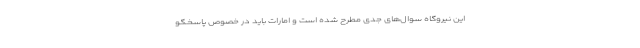
این نیروگاه سوال‌های جدی مطرح شده است و امارات باید در خصوص پاسخگو